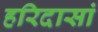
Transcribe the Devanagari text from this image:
हरिदासां